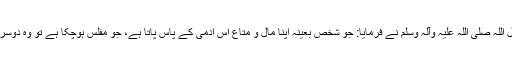
سیدنا ابو ہر یرہ ‌رضی ‌اللہ ‌عنہ سے روایت ہے کہ رسول اللہ ‌صلی ‌اللہ ‌علیہ ‌وآلہ ‌وسلم نے فرمایا: جو شخص بعینہ اپنا مال و متاع اس آدمی کے پاس پاتا ہے، جو مفلس ہوچکا ہے تو وہ دوسرے قرضخواہوں کی بہ نسبت اس کا زیادہ حق رکھتاہے۔